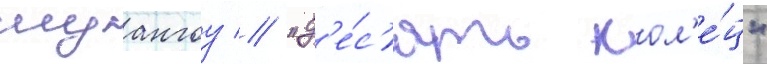
шуангоу // "д'е́с'ять кол'е́ц"